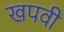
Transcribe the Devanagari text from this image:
खपवी